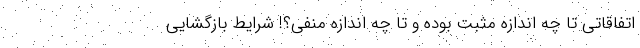
اتفاقاتی تا چه اندازه مثبت بوده و تا چه اندازه منفی؟! شرایط بازگشایی